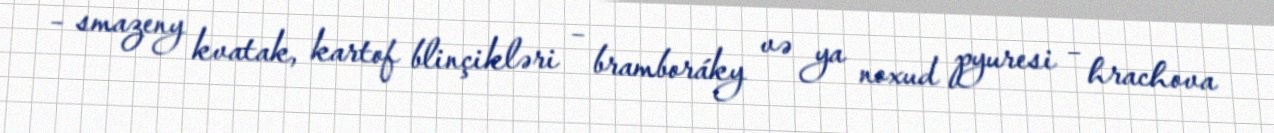
– smazeny kvatak, kartof blinçikləri – bramboráky və ya noxud pyuresi – hrachova